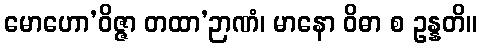
မောဟော’ဝိဇ္ဇာ တထာ’ဉာဏံ၊ မာနော ဝိဓာ စ ဥန္နတိ။